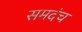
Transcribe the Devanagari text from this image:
समदंच